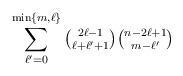
LaTeX: \begin{align*}\sum_{\ell'=0}^{\min\{m,\ell\}}\mbox{$\binom{2\ell-1}{\ell+\ell'+1}$}\mbox{$\binom{n-2\ell+1}{m-\ell'}$}\end{align*}